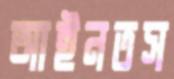
আইনতস